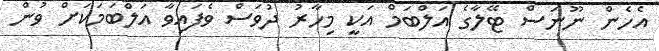
އެހެން ނޫނަސް ޓޭލާގެ އަލްބަމް އަކީ މިހާރު ދުވަސް ވެފައިވާ އަލްބަމަކަށް ވުން